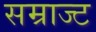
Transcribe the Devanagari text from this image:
सम्राज्ट